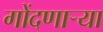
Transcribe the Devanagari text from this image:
गोंदणार्‍या